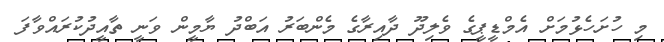
މި ހުށަހެޅުމަށް އެމްޑީޕީގެ ވެލިދޫ ދާއިރާގެ މެންބަރު އަބްދު ޔާމީން ވަނީ ތާއީދުކުރައްވާފަ